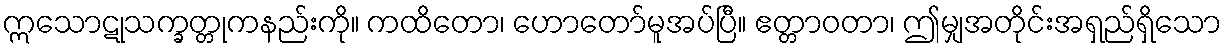
ဣသောဋုသက္ခတ္တုကနည်းကို။ ကထိတော၊ ဟောတော်မူအပ်ပြီ။ ဧတ္တာဝတာ၊ ဤမျှအတိုင်းအရှည်ရှိသော